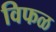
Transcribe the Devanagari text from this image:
विफळ